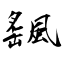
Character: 颻